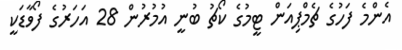
އެންމެ ފަހުގެ ޗެމްޕިއަން ޓީމުގެ ކޯޗު ބުނީ އުމުރުން 28 އަހަރުގެ ފޯވާޑަކީ